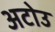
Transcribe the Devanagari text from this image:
अटोउ